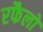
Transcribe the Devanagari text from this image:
रफैलो